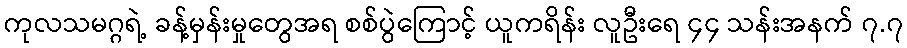
ကုလသမဂ္ဂရဲ့ ခန့်မှန်းမှုတွေအရ စစ်ပွဲကြောင့် ယူကရိန်း လူဦးရေ ၄၄ သန်းအနက် ၇.၇